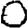
Digit: 0